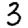
Digit: 3